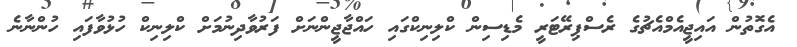
އެގޮތުން އައިޖީއެމްއެޗުގެ ރެސްޕިރޭޓަރީ މެޑިސިން ކްލިނިކްގައި ހައްޖާޖީންނަށް ފަރުވާދިނުމަށް ކްލިނިކް ހުޅުވާފައި ހުންނާނެ